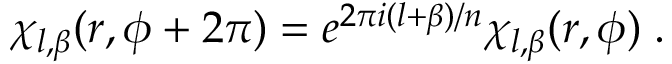
\chi _ { l , \beta } ( r , \phi + 2 \pi ) = e ^ { 2 \pi i ( l + \beta ) / n } \chi _ { l , \beta } ( r , \phi ) \; .